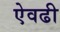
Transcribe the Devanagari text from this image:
ऐवढी